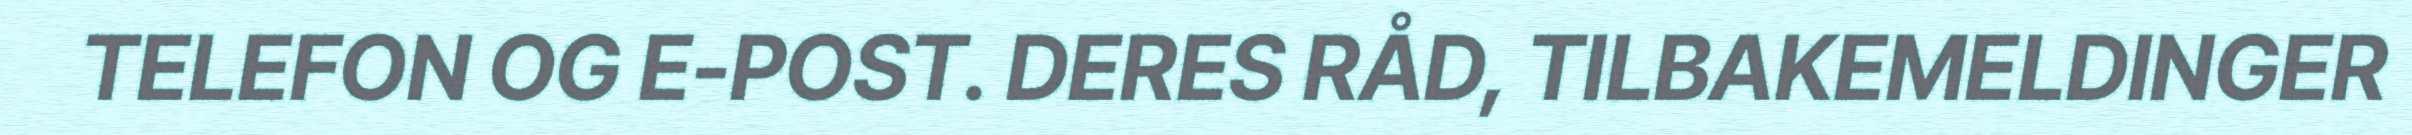
TELEFON OG E-POST. DERES RÅD, TILBAKEMELDINGER